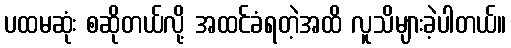
ပထမဆုံး စဆိုတယ်လို့ အထင်ခံရတဲ့အထိ လူသိများခဲ့ပါတယ်။